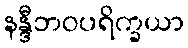
နန္ဒီဘဝပရိက္ခယာ